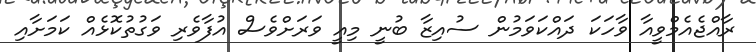
ރާއްޖެއެމްވީއާ ވާހަކަ ދައްކަވަމުން ސުއިޒާ ބުނީ މިއީ ވަރަށްވެސް އުފާވެރި ވަގުތުކޮޅެއް ކަމަށާއި